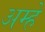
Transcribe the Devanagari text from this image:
अम्हे